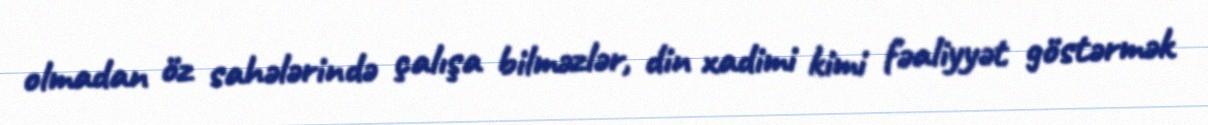
olmadan öz sahələrində çalışa bilməzlər, din xadimi kimi fəaliyyət göstərmək